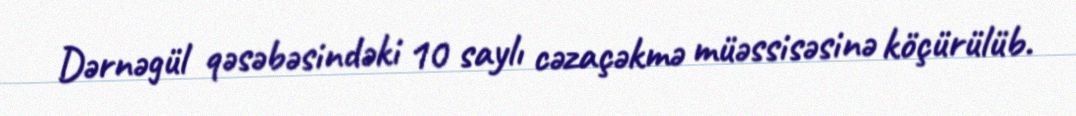
Dərnəgül qəsəbəsindəki 10 saylı cəzaçəkmə müəssisəsinə köçürülüb.